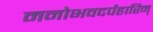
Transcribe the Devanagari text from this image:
मनोभवदर्पहारिन्